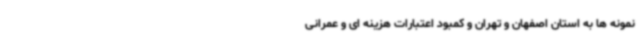
نمونه ها به استان اصفهان و تهران و کمبود اعتبارات هزینه ای و عمرانی